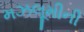
મઝલૂમીની